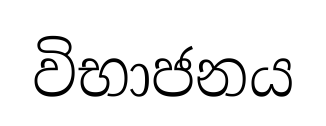
විභාජනය